Leprosy in India: report of the Leprosy Commission in India, 1890-91
Year: 1890
Disease focus: Leprosy
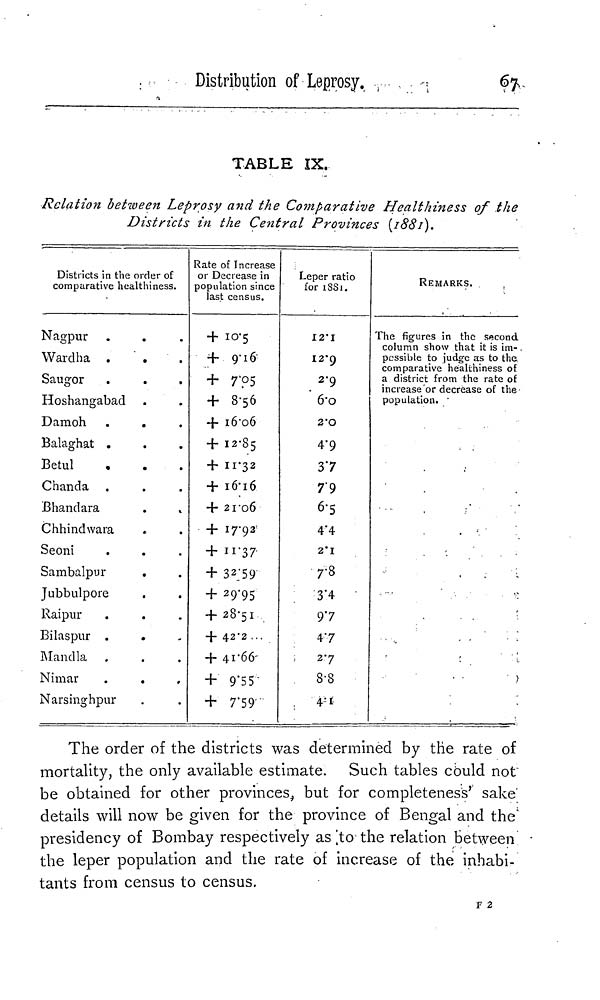
Distribution of Leprosy.
67
TABLE IX.
Relation between Leprosy and the Comparative Healthiness of the
Districts in the Central Provinces (1881).
Districts in the order of
comparative healthiness.
Nagpur
Wardha .
.
Saugor
Hoshangabad
Damoh
Balaghat .
Betul
Chanda
Bhandara
Chhindwara
Seoni
.
Sambalpur
Jubbulpore
Raipur
Bilaspur .
.
Mandla
Nimar
Narsinghpur
Rate of Increase
or Decrease in
population since
last census.
+ 10.5
+ 9.16
+ 7.05
+ 8.56
+ 16.06
+ 12.85
+ 11.32
+ 16.16
+ 21.06
+ 17.92
+ 11.37
+ 32.59
+ 29.95
+ 28.51
+ 42.2 ...
+ 41.66
+ 9.55
+ 7.59
Leper ratio
for 1881.
12.1
12.9
2.9
6.0
2.0
4.9
37
79
6.5
4'4
2.1
7.8
3.4
97
4.7
2.7
8.8
4.1
REMARKS.
The figures in the second
column show that it is im-
possible to judge as to the
comparative healthiness of
a district from the rate of
increase or decrease of the
population. •
The order of the districts was determined by the rate of
mortality, the only available estimate. Such tables could not
be obtained for other provinces, but for completeness' sake'
details will now be given for the province of Bengal and the
presidency of Bombay respectively as to the relation between
the leper population and the rate of increase of the inhabi-
tants from census to census.